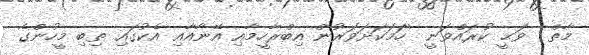
މާތް  ވަޙީ ކުރައްވަނީ ''ހަމަކަށަވަރުން އިބްރާހީމާއި އޭނާއާއި އެކުގައި ތިބި މީހުންގެ